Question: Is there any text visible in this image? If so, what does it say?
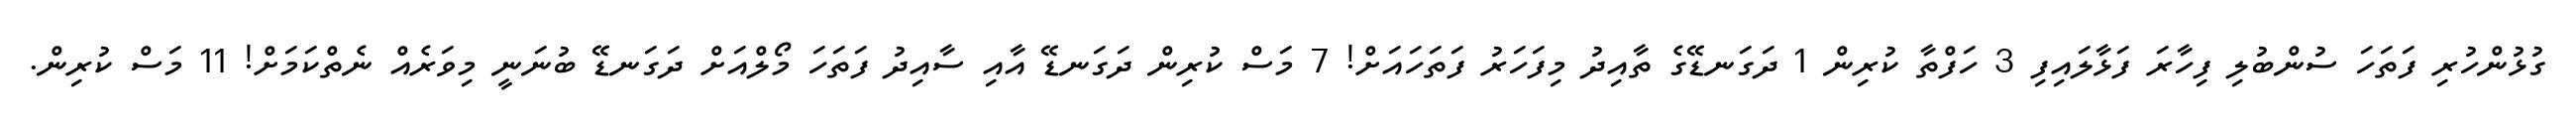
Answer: ގުޅުންހުރި ފަތަހަ ސުންބުލި ފިހާރަ ފަޅާލައިފި 3 ހަފްތާ ކުރިން 1 ދަގަނޑޭގެ ތާއިދު މިފަހަރު ފަތަހައަށް! 7 މަސް ކުރިން ދަގަނޑޭ އާއި ސާއިދު ފަތަހަ މޯލްއަށް ދަގަނޑޭ ބުނަނީ މިވަރެއް ނެތްކަމަށް! 11 މަސް ކުރިން.